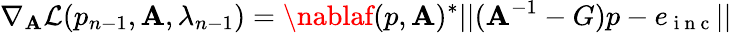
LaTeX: \nabla_{\mathbf{A}}\mathcal{{L}}(p_{n-1},\mathbf{A},\lambda_{n-1})=\nablaf(p,\mathbf{A})^{*}||(\mathbf{A}^{-1}-G)p-e_{\mathrm{{~i~n~c~}}}||